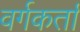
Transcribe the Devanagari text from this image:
वर्गकर्ता